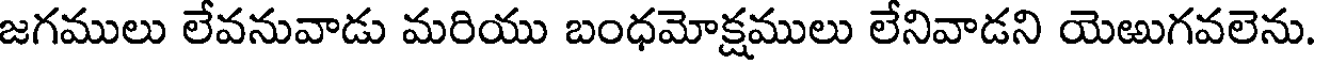
జగములు లేవనువాడు మరియు బంధమోక్షములు లేనివాడని యెఱుగవలెను.